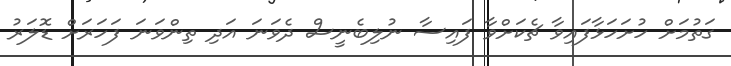
ގަތުމަށް ހުށަހަޅާފައިވާ ޗެކަށްވާ ފައިސާ ނުލިބެނީސް ދެވަނަ އަދި ތިންވަނަ ފަހަރަށް ޑޮލަރު